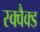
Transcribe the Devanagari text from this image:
स्क्वैक्ड